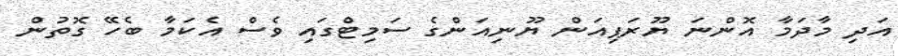
އަދި މާދަމާ އޮންނަ ޔޫރަޕިއަން ޔޫނިއަންގެ ސަމިޓްގައި ވެސް އެކަމާ ބެހޭ ގޮތުން